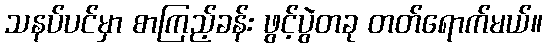
သနပ်ပင်မှာ စာကြည့်ခန်း ဖွင့်ပွဲတခု တတ်ရောက်မယ်။